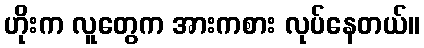
ဟိုးက လူတွေက အားကစား လုပ်နေတယ်။